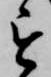
を